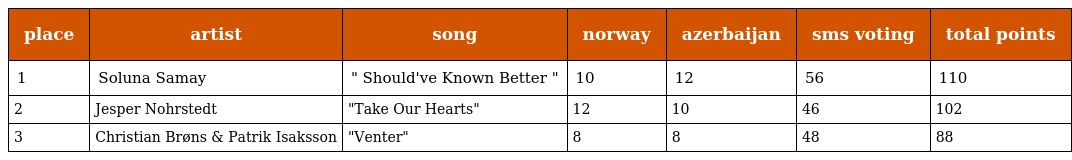
| place | artist | song | norway | azerbaijan | sms voting | total points |
 | --- | --- | --- | --- | --- | --- | --- |
 | 1 | Soluna Samay | " Should've Known Better " | 10 | 12 | 56 | 110 |
 | 2 | Jesper Nohrstedt | "Take Our Hearts" | 12 | 10 | 46 | 102 |
 | 3 | Christian Brøns & Patrik Isaksson | "Venter" | 8 | 8 | 48 | 88 |